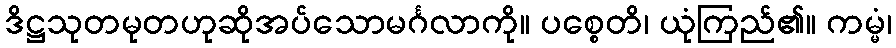
ဒိဋ္ဌသုတမုတဟုဆိုအပ်သောမင်္ဂလာကို။ ပစ္စေတိ၊ ယုံကြည်၏။ ကမ္မံ၊